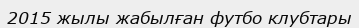
2015 жылы жабылған футбо клубтары